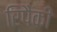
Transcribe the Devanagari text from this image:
रिपैकी